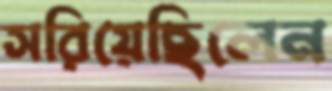
সরিয়েছিলেন